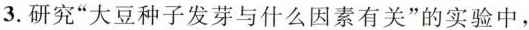
3. 研究”大豆种子发芽与什么因素有关”的实验中，